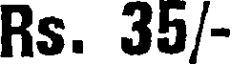
Rs. 35/-